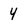
Character: 4